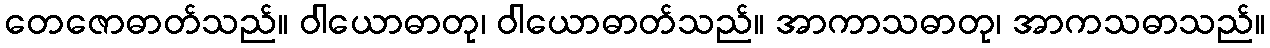
တေဇောဓာတ်သည်။ ဝါယောဓာတု၊ ဝါယောဓာတ်သည်။ အာကာသဓာတု၊ အာကသဓာသည်။